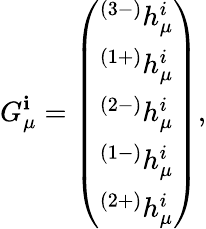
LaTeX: G_{\mu}^{\mathbf{i}}=\left(\begin{array}{c}{{^{(3-)}h_{\mu}^{i}}}\\ {{^{(1+)}h_{\mu}^{i}}}\\ {{^{(2-)}h_{\mu}^{i}}}\\ {{^{(1-)}h_{\mu}^{i}}}\\ {{^{(2+)}h_{\mu}^{i}}}\end{array}\right),